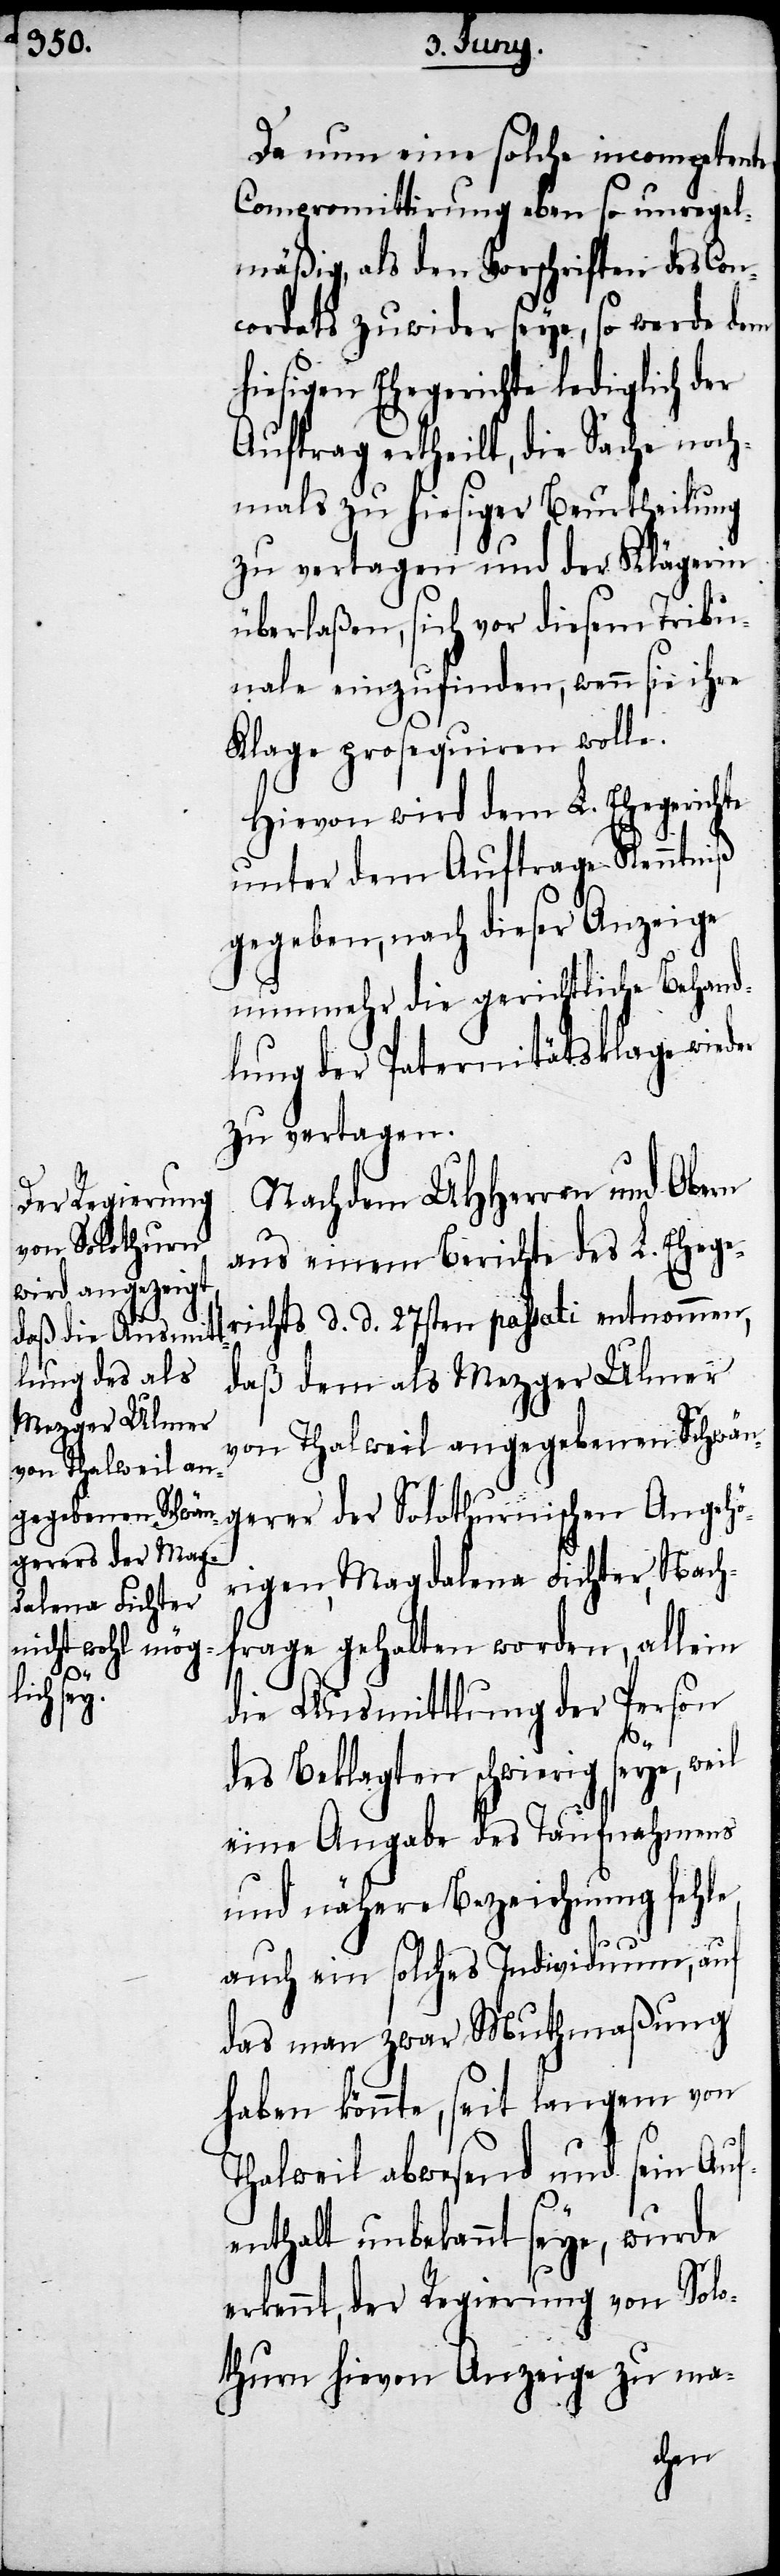
er

Da nun eine solche incompetente
Compromittirung eben so unregel¬
mäßig, als den Vorschriften des Con¬
cordats zuwider seye, so werde dem
hiesigen Ehegerichte lediglich der
Auftrag ertheilt, die Sache noch¬
mals zu hiesiger Beurtheilung
zu vertagen und der Klägerin
überlaßen, sich vor diesem Tribu¬
nale einzufinden, wenn sie ihre
Klage prosequiren wolle.
Hievon wird dem L. Ehegerichte
unter dem Auftrage Kenntniß
gegeben, nach dieser Anzeige
nunmehr die gerichtliche Behand¬
lung der Paternitätsklage wied¬
zu vertagen.
Nachdem UHHerren und Obern
aus einem Berichte des L. Ehege¬
richts d. d. 27ten passati entnommen,
daß dem als Mezger Ulmer
von Thalweil angegebenen Schwän¬
gerer der Solothurnischen Angehö¬
rigen, Magdalena Fichter, Nach¬
frage gehalten worden, allein
die Ausmittlung der Person
des Beklagten schwierig seye, weil
eine Angabe des Taufnahmens
und nähere Bezeichnung fehle,
auch ein solches Individuum, auf
das man zwar Muthmaßung
haben könnte, seit langem von
Thalweil abwesend und sein Auf¬
enthalt unbekannt seye, wurde
erkennt, der Regierung von Solo¬
thurn hievon Anzeige zu ma-